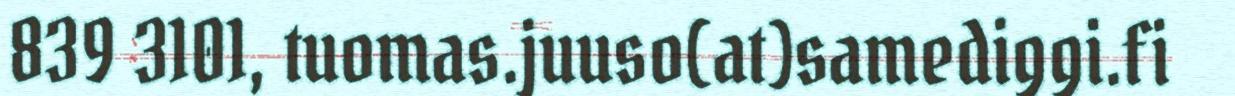
839 3101, tuomas.juuso(at)samediggi.fi